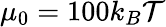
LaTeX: \mu_{0}=100k_{B}\mathcal{T}